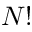
N !